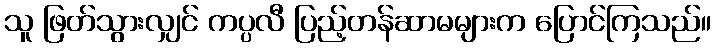
သူ ဖြတ်သွားလျှင် ကပ္ပလီ ပြည့်တန်ဆာမများက ပြောင်ကြသည်။